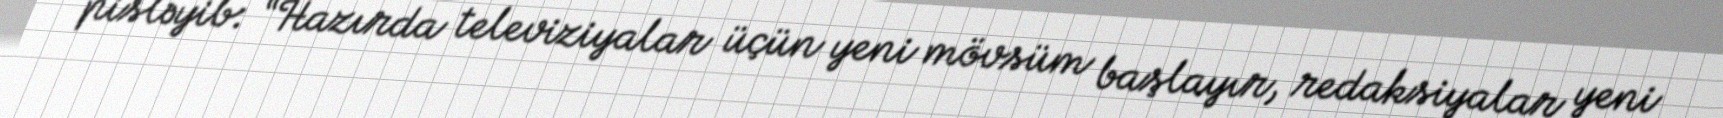
pisləyib: “Hazırda televiziyalar üçün yeni mövsüm başlayır, redaksiyalar yeni